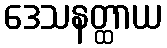
ဒေသနတ္ထာယ